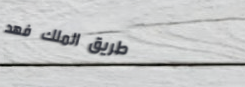
طريق الملك فهد